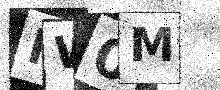
Text: NW0M